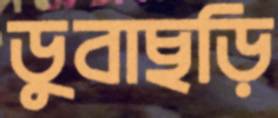
ডুবাছড়ি